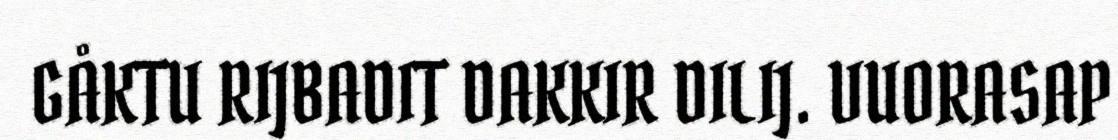
GÅKTU RIJBADIT DAKKIR DILIJ. VUORASAP